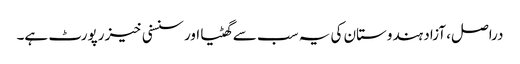
دراصل، آزاد ہندوستان کی یہ سب سے گھٹیا اور سنسنی خیز رپورٹ ہے۔